Report of the Indian Hemp Drugs Commission, 1894-1895 - Volume V
Year: 1894
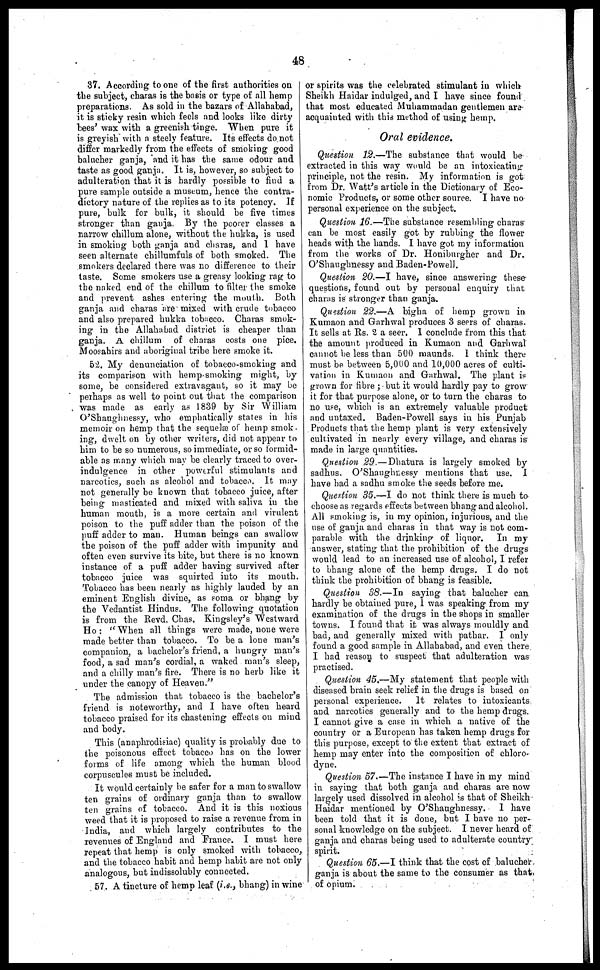
48
37. According to one of the first authorities on
the subject, charas is the basis or type of all hemp
preparations. As sold in the bazars of Allahabad,
it is sticky resin which feels and looks like dirty
bees' wax with a greenish tinge. When pure it
is greyish with a steely feature. Its effects do not
differ markedly from the effects of smoking good
balucher ganja, and it has the same odour and
taste as good ganja. It is, however, so subject to
adulteration that it is hardly possible to find a
pure sample outside a museum, hence the contra-
dictory nature of the replies as to its potency. If
pure, bulk for bulk, it should be five times
stronger than ganja. By the poorer classes a
narrow chillum alone, without the hukka, is used
in smoking both ganja and charas, and 1 have
seen alternate chillumfuls of both smoked. The
smokers declared there was no difference to their
taste. Some smokers use a greasy looking rag to
the naked end of the chillum to filter the smoke
and prevent ashes entering the mouth. Both
ganja and charas are mixed with crude tobacco
and also prepared hukka tobacco. Charas smok-
ing in the Allahabad district is cheaper than
ganja. A chillum of charas costs one pice.
Moosahirs and aboriginal tribe here smoke it.
52. My denunciation of tobacco-smoking and
its comparison with hemp-smoking might, by
some, be considered extravagant, so it may be
perhaps as well to point out that the comparison
was made as early as 1839 by Sir William
O'Shaughnessy, who emphatically states in his
memoir on hemp that the sequelæ of hemp smok-
ing, dwelt on by other writers, did not appear to
him to be so numerous, so immediate, or so formid-
able as many which may be clearly traced to over-
indulgence in other powerful stimulants and
narcotics, such as alcohol and tobacco. It may
not generally be known that tobacco juice, after
being masticated and mixed with saliva in the
human mouth, is a more certain and virulent
poison to the puff adder than the poison of the
puff adder to man. Human beings can swallow
the poison of the puff adder with impunity and
often even survive its bite, but there is no known
instance of a puff adder having survived after
tobacco juice was squirted into its mouth.
Tobacco has been nearly as highly lauded by an
eminent English divine, as soma or bhang by
the Vedantist Hindus. The following quotation
is from the Revd. Chas. Kingsley's Westward
Ho : "When all things were made, none were
made better than tobacco. To be a lone man's
companion, a bachelor's friend, a hungry man's
food, a sad man's cordial, a waked man's sleep,
and a chilly man's fire. There is no herb like it
under the canopy of Heaven."
The admission that tobacco is the bachelor's
friend is noteworthy, and I have often heard
tobacco praised for its chastening effects on mind
and body.
This (anaphrodisiac) quality is probably due to
the poisonous effect tobacco has on the lower
forms of life among which the human blood
corpuscules must be included.
It would certainly be safer for a man to swallow
ten grains of ordinary ganja than to swallow
ten grains of tobacco. And it is this noxious
weed that it is proposed to raise a revenue from in
India, and which largely contributes to the
revenues of England and France. I must here
repeat that hemp is only smoked with tobacco,
and the tobacco habit and hemp habit are not only
analogous, but indissolubly connected.
57. A tincture of hemp leaf (i.e., bhang) in wine
or spirits was the celebrated stimulant in which
Sheikh Haidar indulged, and I have since found
that most educated Muhammadan gentlemen are
acquainted with this method of using hemp.
Oral evidence.
Question 12.—The substance that would be
extracted in this way would be an intoxicating
principle, not the resin. My information is got
from Dr. Watt's article in the Dictionary of Eco-
nomic Products, or some other source. I have no
personal experience on the subject.
Question 16.—The substance resembling charas
can be most easily got by rubbing the flower
heads with the hands. I have got my information
from the works of Dr. Honiburgher and Dr.
O'Shaughnessy and Baden-Powell.
Question 20.—I have, since answering these
questions, found out by personal enquiry that
charas is stronger than ganja.
Question 22.—A bigha of hemp grown in
Kumaon and Garhwal produces 3 seers of charas.
It sells at Rs. 2 a seer. I conclude from this that
the amount produced in Kumaon and Garhwal
cannot he less than 500 maunds. 1 think there
must be between 5,000 and 10,000 acres of culti-
vation in Kumaon and Garhwal. The plant is
grown for fibre ; but it would hardly pay to grow
it for that purpose alone, or to turn the charas to
no use, which is an extremely valuable product
and untaxed. Baden-Powell says in his Punjab
Products that the hemp plant is very extensively
cultivated in nearly every village, and charas is
made in large quantities.
Question 29.—Dhatura is largely smoked by
sadhus. O'Shaughnessy mentions that use. I
have had a sadhu smoke the seeds before me.
Question 35.—I do not think there is much to
choose as regards effects between bhang and alcohol.
All smoking is, in my opinion, injurious, and the
use of ganja and charas in that way is not com-
parable with the drinking of liquor. In my
answer, stating that the prohibition of the drugs
would lead to an increased use of alcohol, I refer
to bhang alone of the hemp drugs. I do not
think the prohibition of bhang is feasible.
Question 38.—In saying that balucher can
hardly be obtained pure, 1 was speaking from my
examination of the drugs in the shops in smaller
towns. I found that it was always mouldly and
bad, and generally mixed with pathar. I only
found a good sample in Allahabad, and even there
I had reason to suspect that adulteration was
practised.
Question 45.—My statement that people with
diseased brain seek relief in the drugs is based on
personal experience. It relates to intoxicants
and narcotics generally and to the hemp drugs.
I cannot give a case in which a native of the
country or a European has taken hemp drugs for
this purpose, except to the extent that extract of
hemp may enter into the composition of chloro-
dyne.
Question 57.—The instance I have in my mind
in saying that both ganja and charas are now
largely used dissolved in alcohol is that of Sheikh
Haidar mentioned by O'Shaughnessy.
I have
been told that it is done, but I have no per-
sonal knowledge on the subject. I never heard of
ganja and charas being used to adulterate country
spirit.
Question 65.—I think that the cost of balucher
ganja is about the same to the consumer as that
of opium.